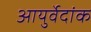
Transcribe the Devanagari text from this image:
आयुर्वेदांक